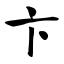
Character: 卞